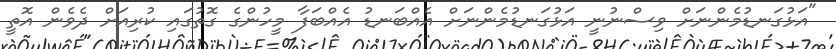
"އަޅުގަނޑުމެންނަށް ވިސްނުނީ އަޅުގަނޑުމެންނަށް އެއްބަނޑު އެއްބަފާ މީހުންގެ ގޮތުގައި ކުރިއަށް ދެވެން އޮތީ